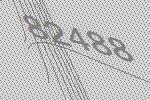
82488